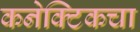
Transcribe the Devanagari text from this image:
कनेक्टिकचा